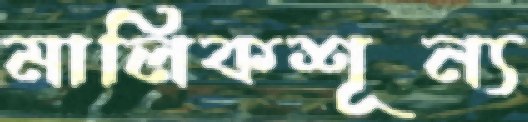
মালিকশূন্য